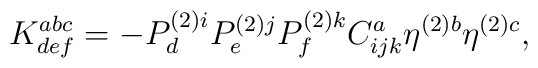
K_{def}^{abc}=-P_{d}^{(2)i}P_{e}^{(2)j}P_{f}^{(2)k}C_{ijk}^{a}\eta^{(2)b}\eta ^{(2)c},